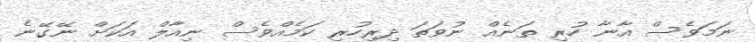
ނަމަވެސް އާނާ ހުރި ތަނެއް ނުވަތަ ދިރިހުރި ކަމެއްވެސް ނިއާލް އަކަށް ނޭގޭނެ